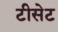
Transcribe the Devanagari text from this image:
टीसेट